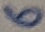
Text: 6